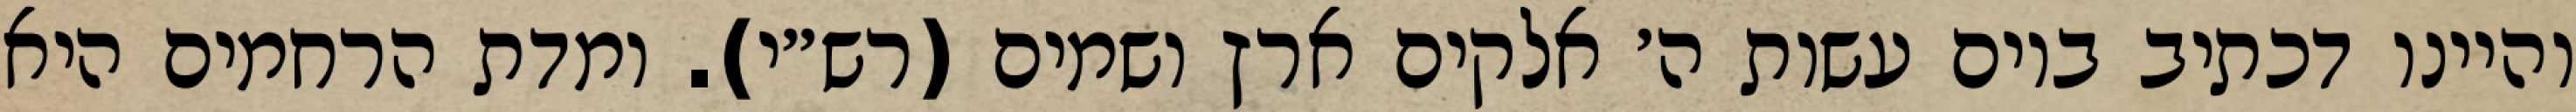
והיינו דכתיב ביום עשות ה׳ אלקים ארץ ושמים (רש״י). ומדת הרחמים היא